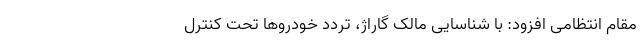
مقام انتظامی افزود: با شناسایی مالک گاراژ، تردد خودروها تحت کنترل